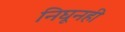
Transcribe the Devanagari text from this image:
निघूनही